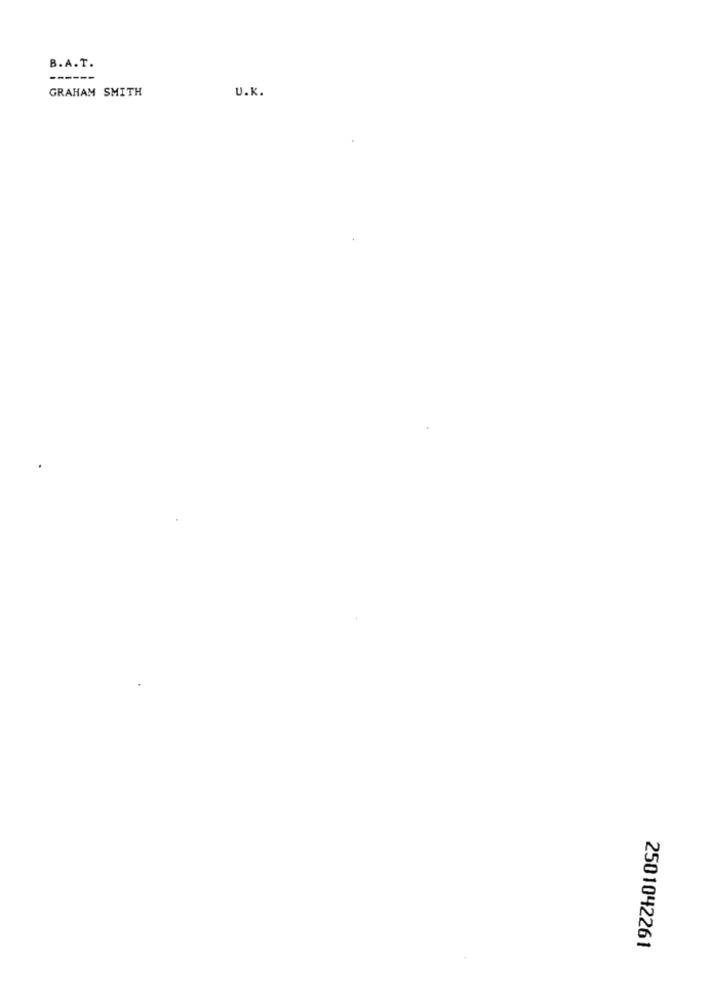
B.A.T.
----
GRAHAM SMITH
U.K.
2501042261